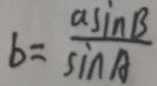
b = \frac { a \sin B } { \sin A }